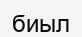
биыл